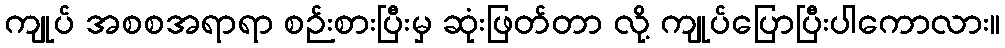
ကျုပ် အစစအရာရာ စဉ်းစားပြီးမှ ဆုံးဖြတ်တာ လို့ ကျုပ်ပြောပြီးပါကောလား။